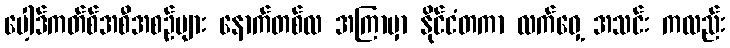
ပေါ့ဒ်ကတ်စ်အစီအစဉ်များ နောက်တစ်လ အကြာမှာ နိုင်ငံတကာ လက်ဝှေ့ အသင်း ကလည်း